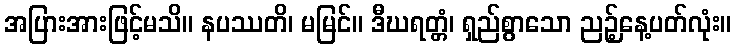
အပြားအားဖြင့်မသိ။ နပဿတိ၊ မမြင်။ ဒီဃရတ္တံ၊ ရှည်စွာသော ညဉ့်နေ့ပတ်လုံး။